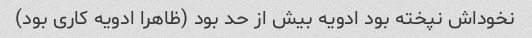
نخوداش نپخته بود ادویه بیش از حد بود (ظاهرا ادویه کاری بود)